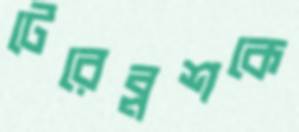
টেরেব্লশকে